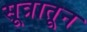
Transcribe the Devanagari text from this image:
सूत्रातून